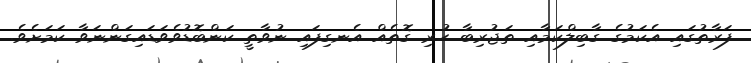
ފަރާތުގައި އެކަމުގެ ގާބިލްކަމާއި ތަޖުރިބާ ހުރި ގޮތެއް އެނގިފައި ނުވާތީ ކަންބޮޑުވެވަޑައިގަންނަވާ ކަމަށެވެ.